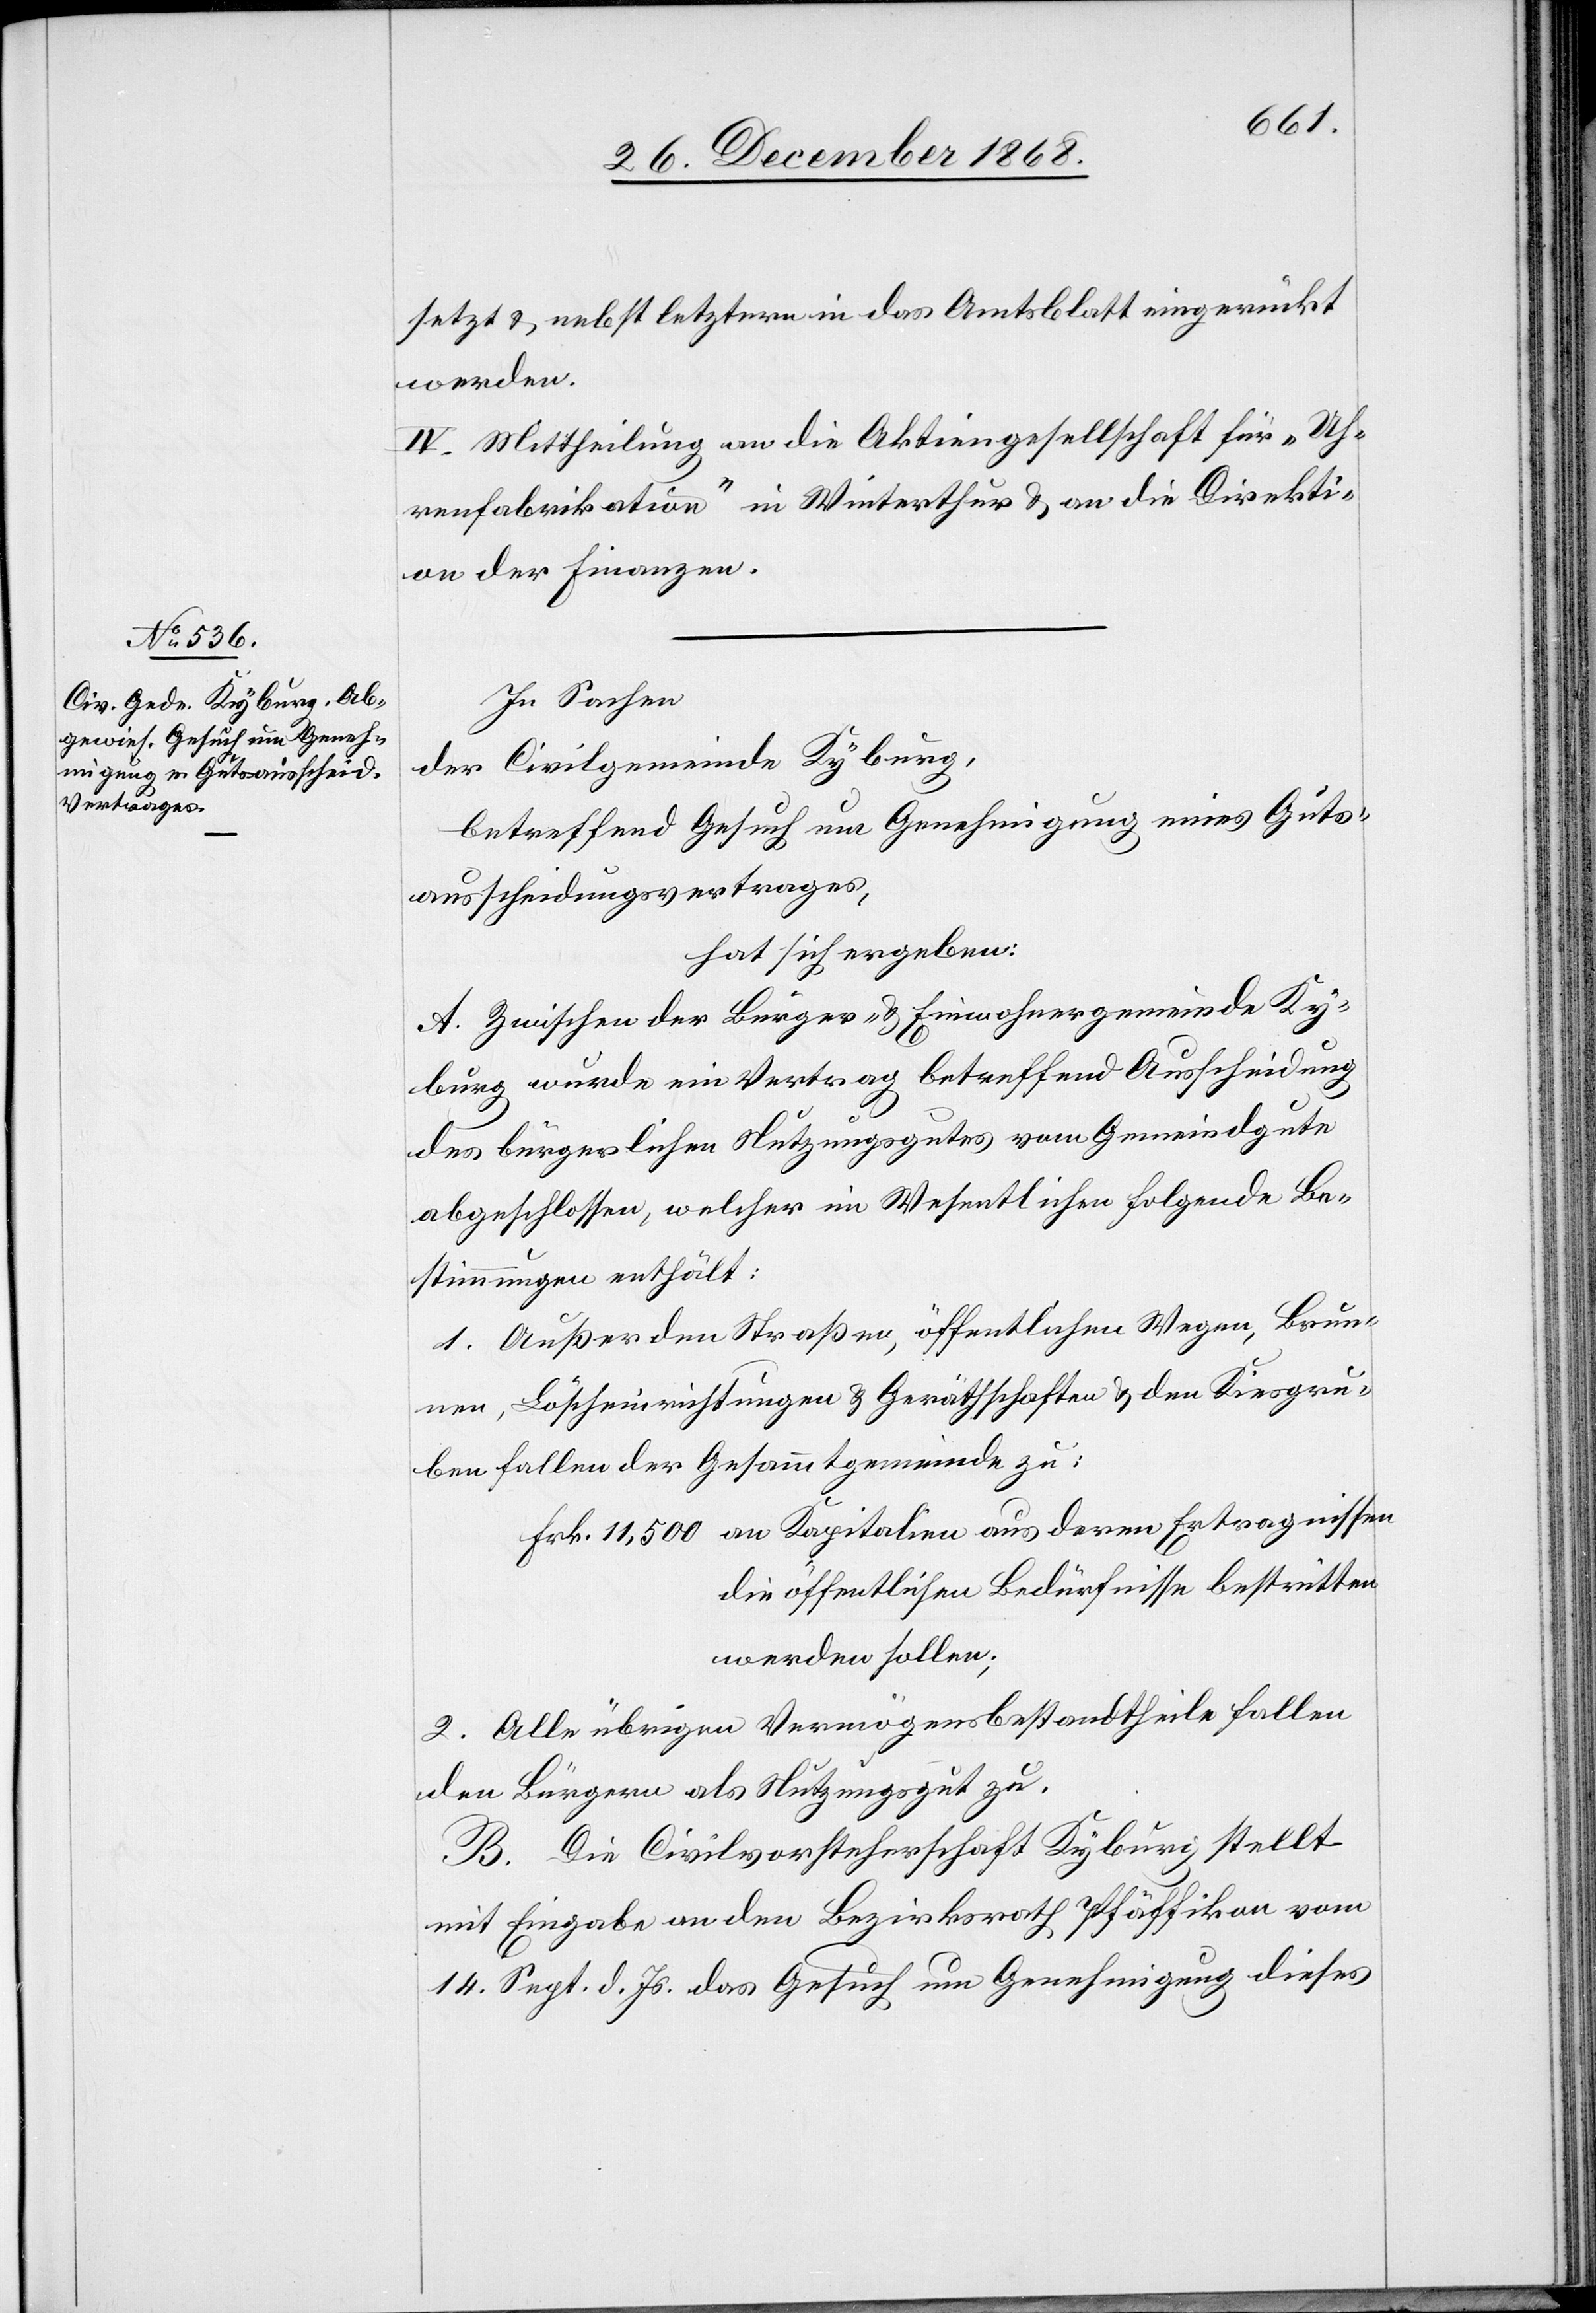
setzt & nebst letztern in das Amtsblatt eingerückt
werden.
IV. Mittheilung an die Aktiengesellschaft für „Uh¬
renfabrikation“ in Winterthur & an die Direkti¬
on der Finanzen.
In Sachen
der Civilgemeinde Kyburg,
betreffend Gesuch um Genehmigung eines Guts¬
ausscheidungsvertrages,
hat sich ergeben:
A. Zwischen der Bürger- & Einwohnergemeinde Ky¬
burg wurde ein Vertrag betreffend Ausscheidung
des bürgerlichen Nutzungsgutes vom Gemeindgute
abgeschlossen, welcher im Wesentlichen folgende Be¬
stimmungen enthält:
1. Außer den Straßen, öffentlichen Wegen, Brun¬
nen, Löscheinrichtungen & Geräthschaften & den Kiesgru¬
ben fallen der Gesammtgemeinde zu:
die öffentlichen Bedürfnisse bestritten
werden sollen;
2. Alle übrigen Vermögensbestandtheile fallen
den Bürgern als Nutzungsgut zu.
B. Die Civilvorsteherschaft Kyburg stellt
mit Eingabe an den Bezirksrath Pfäffikon vom
14. Sept. d. Js. das Gesuch um Genehmigung dieses